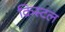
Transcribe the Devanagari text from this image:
क्रिस्‍टल